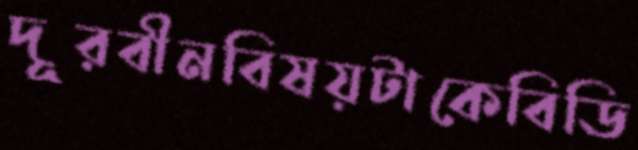
দূরবীনবিষয়টাকেবিডি